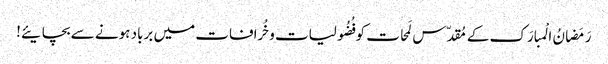
رَمَضانُ الْمبارَک کے مُقدّس لَمحات کو فُضُولیات وخُرافات میں برباد ہونے سے بچایئے!